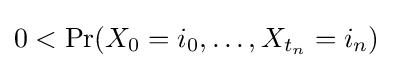
0<\Pr(X_{0}=i_{0},\dots ,X_{t_{n}}=i_{n})